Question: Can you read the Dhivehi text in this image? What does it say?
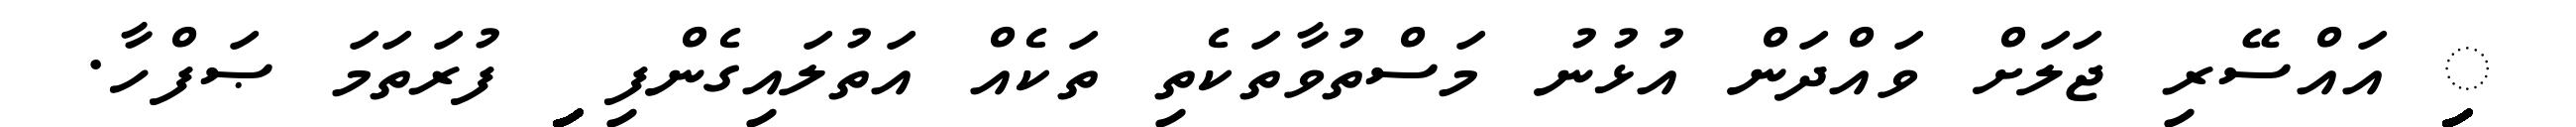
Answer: ިިިިިިިިިިިިިިިިިިިިިިިިިިިިިިިިިިިިިިިިިިިިިިިިިިިިިިިިިިި އައްސޭރި ޖަލަށް ވައްދަން އުޅުނު މަސްތުވާތަކެތި ތަކެއް އަތުލައިގެންފި ިިިިިިިިިިިިިިިިިިިިިިިިިިިިިިިިިިިިިިިިިިިިިިިިިިިިިިިިިިި ފުރަތަމަ ޞަފްހާ.